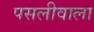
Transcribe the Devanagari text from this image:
पसलीवाला